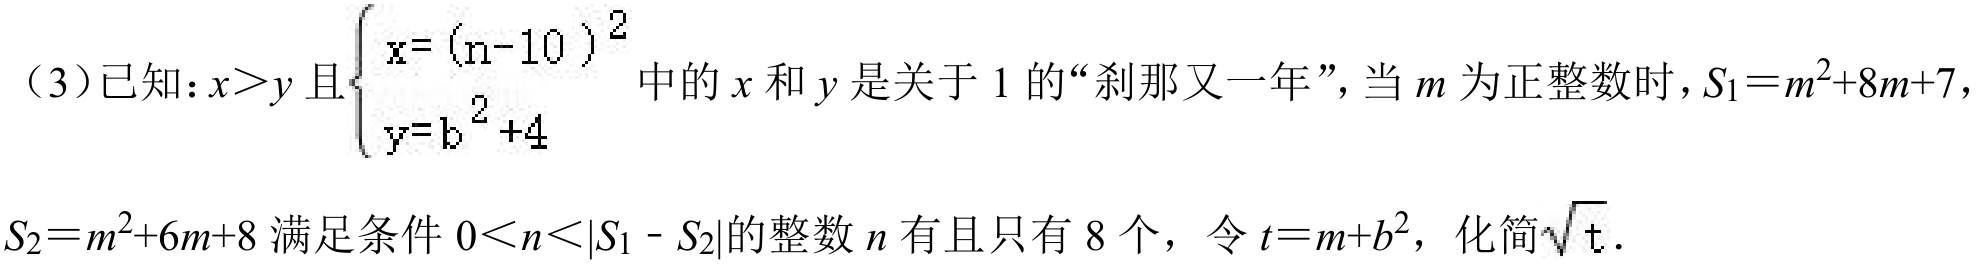
（3）已知：\(x > y\)且\(\begin{cases}x = (n - 10)^{2}\\y = b^{2}+4\end{cases}\)中的\(x\)和\(y\)是关于\(1\)的“刹那又一年”，当\(m\)为正整数时，\(S_{1}=m^{2}+8m + 7\)，
\(S_{2}=m^{2}+6m + 8\)满足条件\(0 < n < |S_{1}-S_{2}|\)的整数\(n\)有且只有\(8\)个，令\(t = m + b^{2}\)，化简\(\sqrt{t}\).